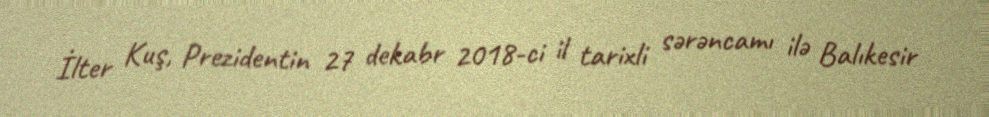
İlter Kuş, Prezidentin 27 dekabr 2018-ci il tarixli sərəncamı ilə Balıkesir